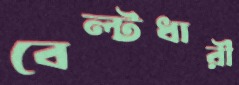
বেল্টধারী